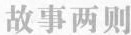
故事两则